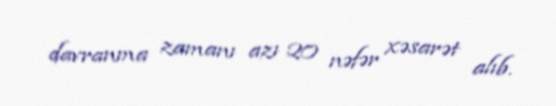
davranma zamanı azı 20 nəfər xəsarət alıb.